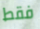
فقط